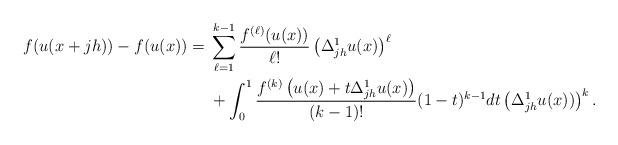
LaTeX: \begin{align*}f(u(x+jh))-f(u(x)) ={}& \sum_{\ell=1}^{k-1} \frac{f^{(\ell)}(u(x))}{\ell !} \left(\Delta_{jh}^1 u(x) \right)^\ell \\&+ \int_0^1 \frac{f^{(k)} \left(u(x)+t \Delta_{jh}^1 u(x)\right)}{(k-1)!} (1-t)^{k-1} dt \left(\Delta_{jh}^1 u(x))\right)^k.\end{align*}